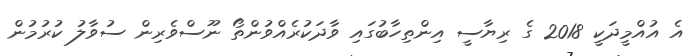
އެ އުއްމީދަކީ 2018 ގެ ރިޔާސީ އިންތިހާބުގައި ވާދަކުރެއްވުންތޯ ނޫސްވެރިން ސުވާލު ކުރުމުން